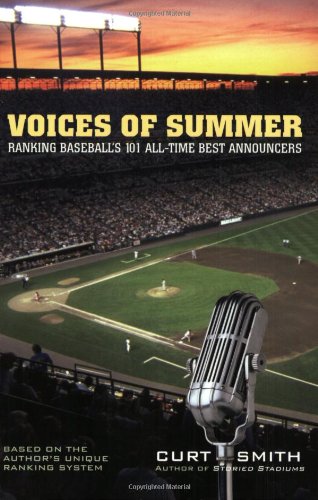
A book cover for Voices of Summer: Ranking Baseball's 101 All-Time Best Announcers; Curt Smith; Sports & Outdoors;